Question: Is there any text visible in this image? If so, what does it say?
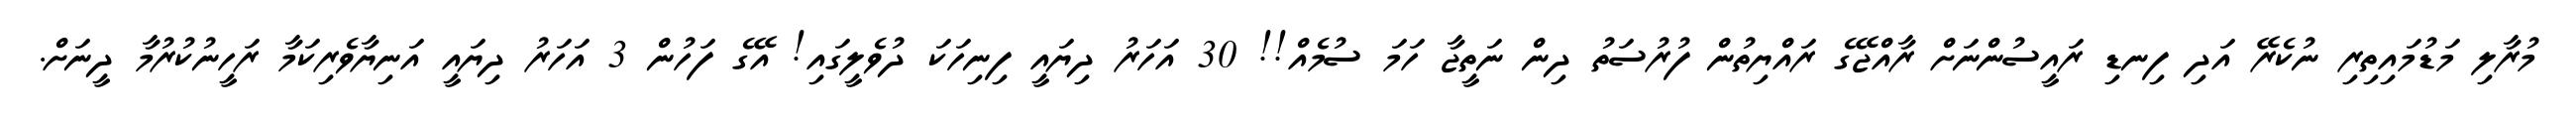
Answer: މުރާލި މަޑުމައިތިރި ނުކެރޭ އަދި ފިނޑި ރައީސުންނަށް ރާއްޖޭގެ ރައްޔިތުން ފުރުސަތު ދިން ނަތީޖާ ހަމަ ސުމެއް!! 30 އަހަރު ދިޔައީ ފިނިހަކަ ދުވެލީގައި! އޭގެ ފަހުން 3 އަހަރު ދިޔައީ އަނިޔާވެރިކަމާ ރަހީނުކުރުމާ ދީނަށް.